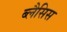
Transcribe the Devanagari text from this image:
ब्लैसिस